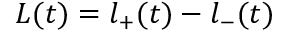
L ( t ) = l _ { + } ( t ) - l _ { - } ( t )